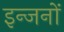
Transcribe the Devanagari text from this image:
इन्जनों